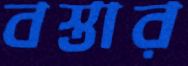
বস্তার